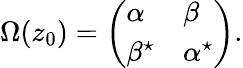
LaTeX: \Omega(z_{0})=\left(\begin{array}{ll}{{\alpha}}&{{\beta}}\\ {{\beta^{\star}}}&{{\alpha^{\star}}}\end{array}\right).